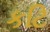
કટિ